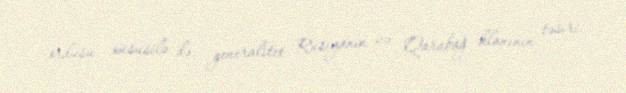
ordusu, xüsusilə də, generalitet Rusiyanın və Qarabağ klanının təsiri